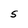
Character: S